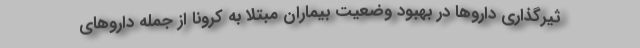
ثیرگذاری داروها در بهبود وضعیت بیماران مبتلا به کرونا از جمله داروهای